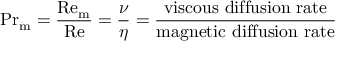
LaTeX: \mathrm { P r } _ { \mathrm { m } } = { \frac { \mathrm { R e _ { m } } } { \mathrm { R e } } } = { \frac { \nu } { \eta } } = { \frac { \mathrm { v i s c o u s ~ d i f f u s i o n ~ r a t e } } { \mathrm { m a g n e t i c ~ d i f f u s i o n ~ r a t e } } }